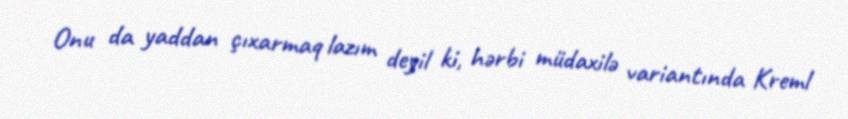
Onu da yaddan çıxarmaq lazım deyil ki, hərbi müdaxilə variantında Kreml